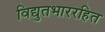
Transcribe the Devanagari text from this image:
विद्युतभाररहित